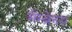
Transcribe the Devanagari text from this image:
मेंम्ब्रेनस